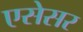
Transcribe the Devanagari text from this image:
एसेसर